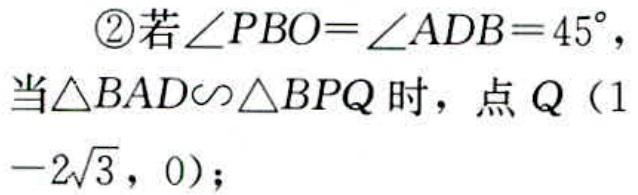
\textcircled{2}若\(\angle PBO = \angle ADB = 45^{\circ}\)，当\(\triangle BAD\sim\triangle BPQ\)时，点\(Q(1 - 2\sqrt{3},0)\)；